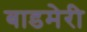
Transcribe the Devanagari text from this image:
बाडमेरी